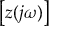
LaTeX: \left[ z ( j \omega ) \right]